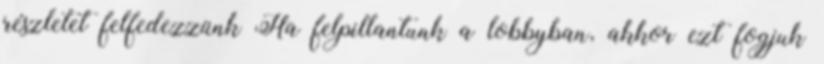
részletet felfedezzünk Ha felpillantunk a lobbyban, akkor ezt fogjuk